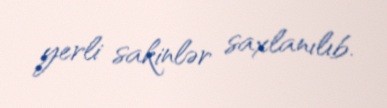
yerli sakinlər saxlanılıb.